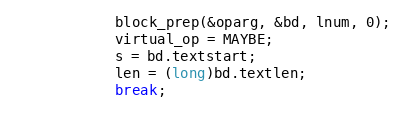
Language: C
			block_prep(&oparg, &bd, lnum, 0);
			virtual_op = MAYBE;
			s = bd.textstart;
			len = (long)bd.textlen;
			break;